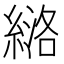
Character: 𫃶